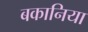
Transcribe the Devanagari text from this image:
बकानिया